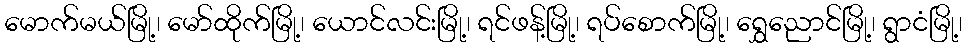
မောက်မယ်မြို့၊ မော်ထိုက်မြို့၊ ယောင်လင်းမြို့၊ ရင်ဖန့်မြို့၊ ရပ်စောက်မြို့၊ ရွှေညောင်မြို့၊ ရွာငံမြို့၊